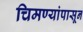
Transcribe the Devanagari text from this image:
चिमण्यांपासून